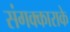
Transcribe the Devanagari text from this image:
संगक्काराके